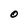
Character: O